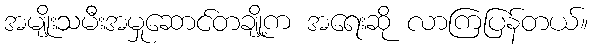
အမျိုးသမီးအမှုဆောင်တချို့က အရေးဆို လာကြပြန်တယ်။